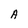
Character: A